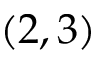
( 2 , 3 )